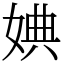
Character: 婰